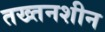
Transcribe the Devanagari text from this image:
तख्तनशीन